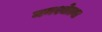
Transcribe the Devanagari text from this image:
मनश्चेतना